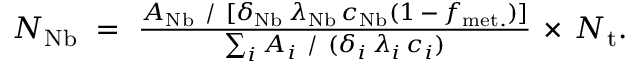
\begin{array} { r } { N _ { \mathrm { N b } } ~ = ~ { \frac { A _ { \mathrm { N b } } ~ / ~ [ { \delta _ { \mathrm { N b } } } \, { \lambda _ { \mathrm { N b } } } \, { c _ { \mathrm { N b } } } { ( 1 \, - \, { f _ { \mathrm { m e t . } } } ) } ] } { \sum _ { i } A _ { i } ~ / ~ { ( { \delta _ { i } } \, { \lambda _ { i } } \, { c _ { i } } ) } } } \, \times \, N _ { \mathrm { t } } . } \end{array}